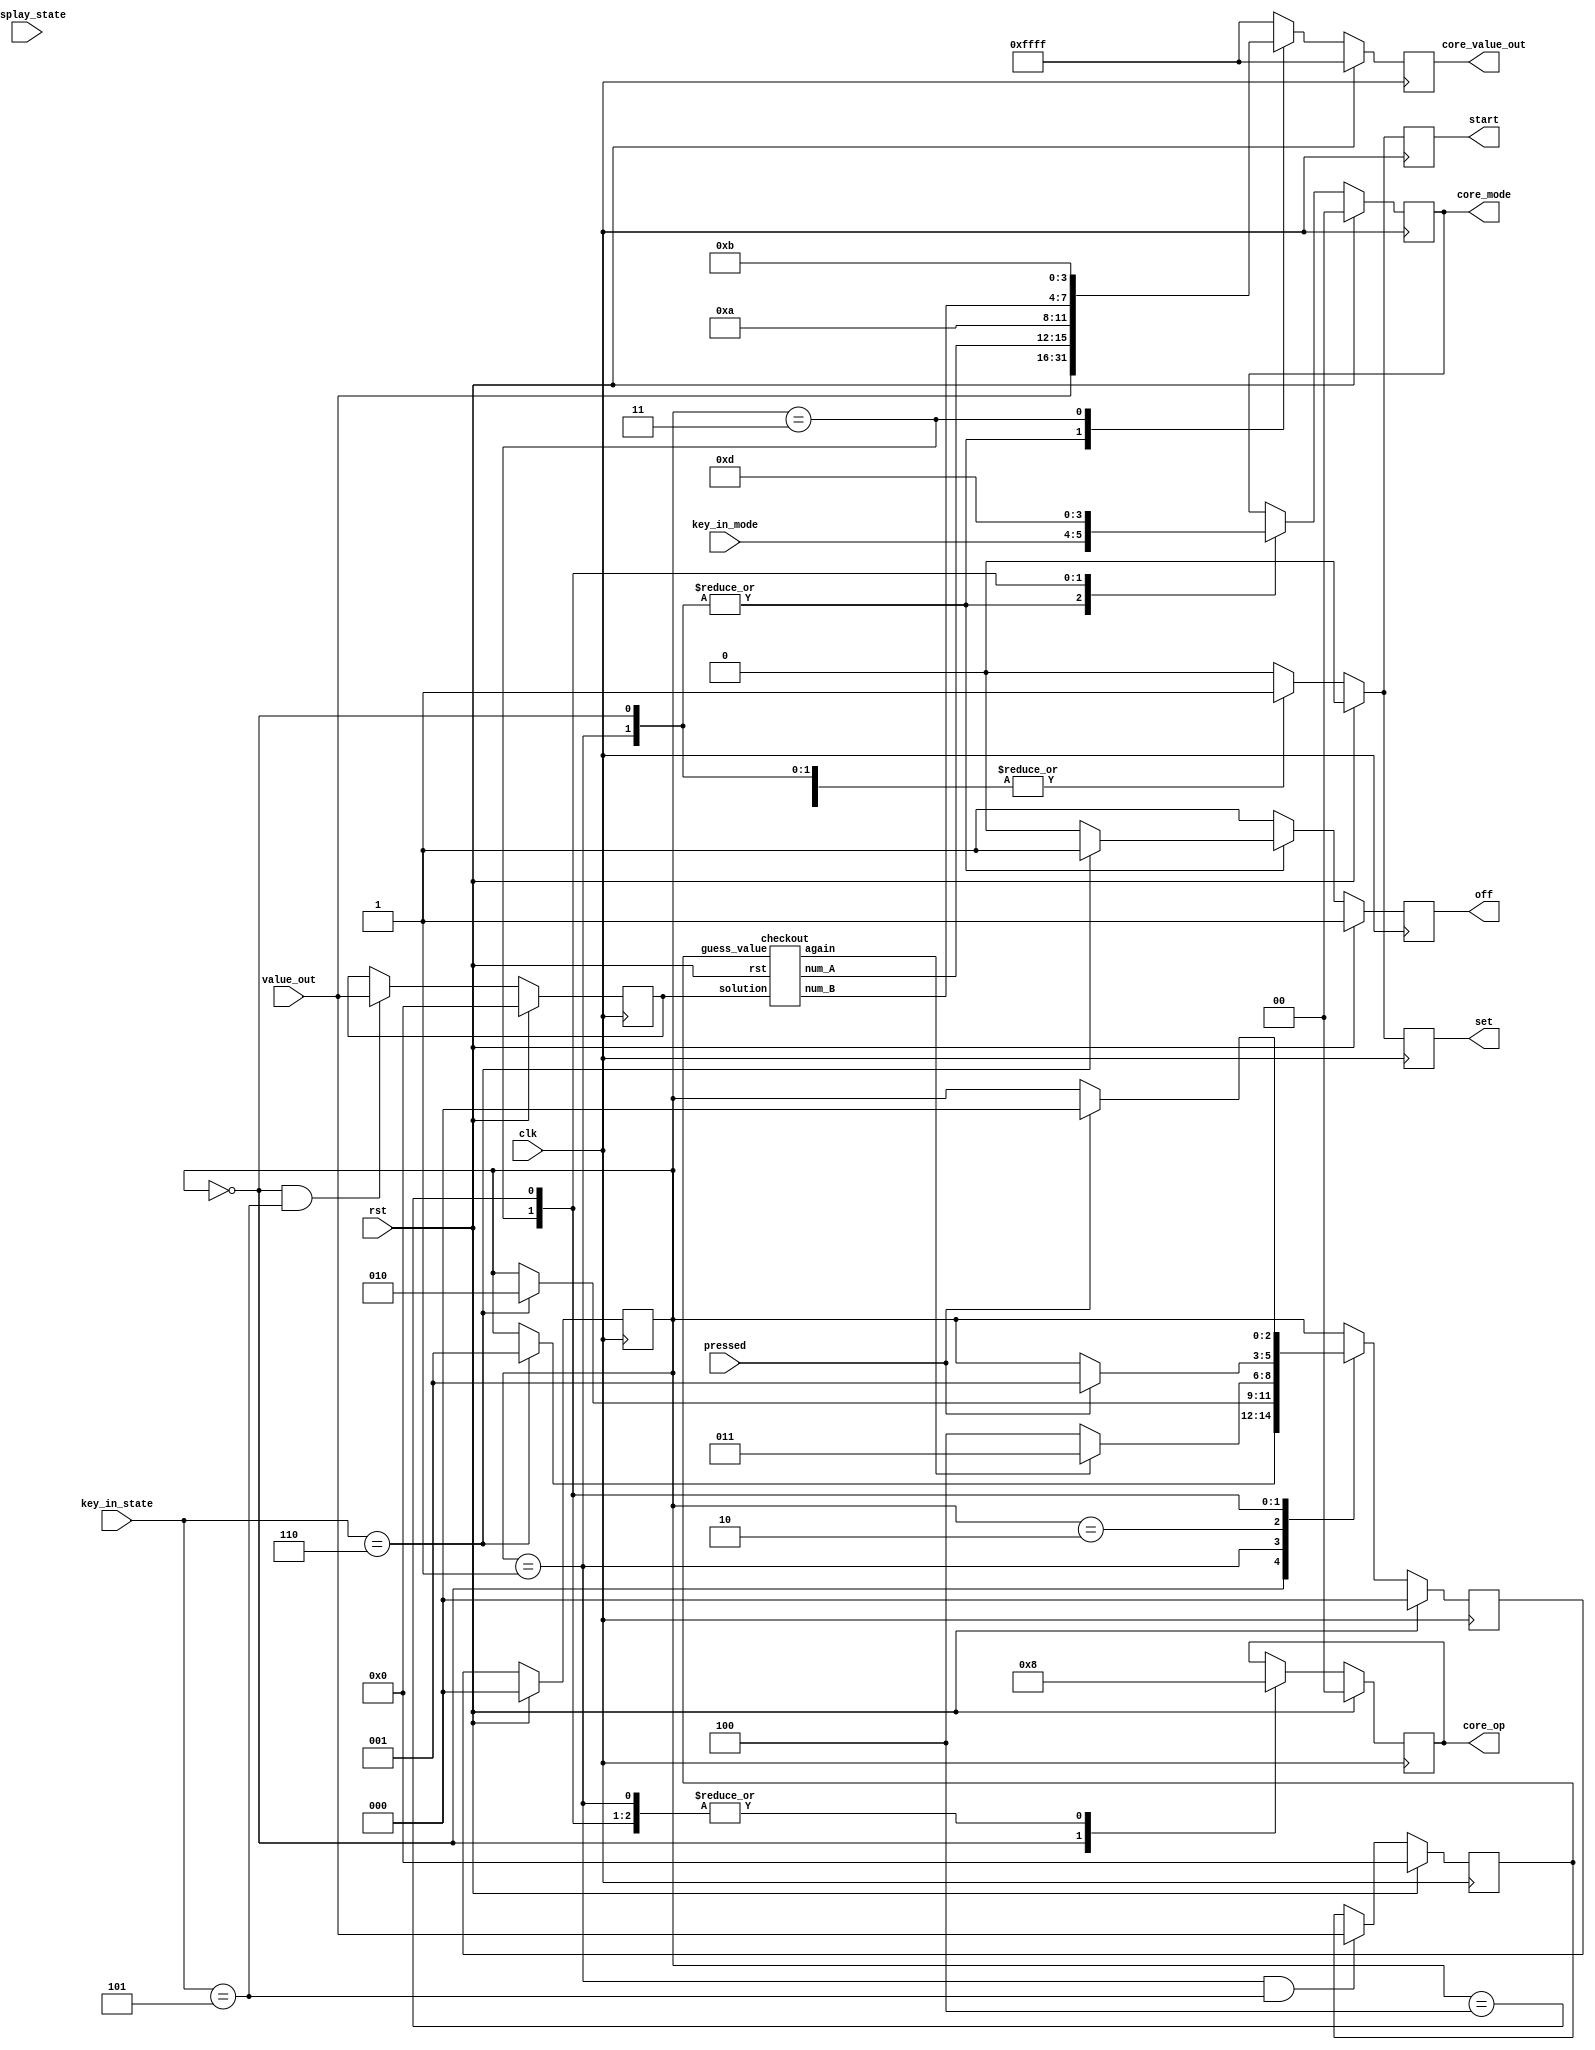
`ifndef _core_fsm_v
`define _core_fsm_vsm


`define state_set_sol 3'd0
`define state_guess   3'd1
`define state_compute 3'd2
`define state_result  3'd3
`define state_congrat 3'd4


module core_fsm(clk,rst,pressed,key_in_state,value_out,key_in_mode,display_state,
				off,core_op,core_mode,set,start,core_value_out);

input clk,rst,pressed;
input [2:0] key_in_state;
input [15:0] value_out;
input [1:0] key_in_mode;
input [5:0] display_state;




output reg off,set,start;
		//done   done done
output reg [1:0] core_op, core_mode;
		//       done		done
output reg [15:0] core_value_out;
		//			done


reg [2:0] c_state, n_state;
		// done		done
wire  again;
		//done


reg  [15:0] solution, guess_value;
//			done		done

wire [3:0] num_A, num_B;
//--------------------------------------- checkout ------------------------------------------------------------
checkout comput(rst,solution,guess_value,again,num_A,num_B);
//-------------------------------------------------------------------------------------------------------------
always@(posedge clk)begin
		if(rst) core_value_out <= 16'hffff;
		else begin
				case(c_state)
				`state_set_sol:	core_value_out <= value_out;
				`state_guess:	core_value_out <= value_out;
				`state_compute: core_value_out <= 16'hffff;
				`state_result:  core_value_out <= {num_A,4'd10,num_B,4'd11};
				`state_congrat: core_value_out <= 16'hffff;
				default:
								core_value_out <= 16'hffff;
				endcase
		end
end

//---------------------------------  solution ------------------------------------------------------------------------
always@(posedge clk)begin
		if(rst) solution <= 16'b0;
		else if(	(c_state == `state_set_sol) &&	(key_in_state == 'd5) )
				solution[15:0] <= value_out[15:0];
		else solution[15:0] <= solution[15:0];
end
//---------------------------------  guess_value ----------------------------------------------------------
always@(posedge clk)begin
		if(rst) guess_value <= 16'b0;
		else if(	(c_state == `state_guess) &&	(key_in_state == 'd5) )
				guess_value[15:0] <= value_out[15:0];
		else guess_value[15:0] <= guess_value[15:0];
end




//--------------------------------- core_op core_mode ----------------------------------------------------------------
always@(posedge clk)begin
		if(rst) begin
				core_op <= 2'd0;  core_mode <= 2'd0;
		end
		else begin
				case(c_state)
						`state_set_sol: begin
										core_op <= 2'd2;
										core_mode <= key_in_mode;
						end				
						`state_guess  : begin
										core_op <= 2'd0;
										core_mode <= key_in_mode;
						end
						`state_result: begin
										core_op <= 2'd0;
										core_mode <= 2'd3;
						end				
						`state_congrat  : begin
										core_op <= 2'd0; 
										core_mode <= 2'd1;
						end

						default:		begin
										core_op <= core_op;
										core_mode <= core_mode;
						end
				endcase
		end
end


//--------------------------------------- set and start for display --------------------------------------------------
always@(posedge clk)begin
		if(rst) begin
						set <= 'b0;
						start <= 'b0;
		end
		else begin
				case(c_state)
						`state_set_sol: begin
										set <= 'b1; start<= 'b1;
						end				
						`state_guess: begin
										set <= 'b1; start <='b1;
						end
						`state_result: begin
										set <= 'b1; start<= 'b1;
						end				
						`state_congrat  : begin
										set <= 'b1; start <= 'b1;
						end

						default:		begin
										set <= 'b0; start <= 'b0;
						end
				endcase
		end
end



//----------------------------------------------------------------------------------------------



//---------------------------------------------- off ----------------------------------------
always@(posedge clk)begin
		if(rst) off <= 'b1;
		else begin
				case(c_state)
						`state_set_sol:	if(key_in_state == 3'd6) 
												off<= 1'b1;
										else 
												off<= 1'b0;
						`state_guess  : if(key_in_state == 3'd6) 
												off<= 1'b1;
										else 
												off <= 1'b0;
						default:		
												off<= 1'b1;
				endcase
		end
end
//----------------------------------------------- state logic --------------------------------------------------------------
always@(posedge clk)begin
		if(rst) c_state <= `state_set_sol;
		else c_state <= n_state;
end


always@(posedge clk)begin
		if(rst) n_state <= `state_set_sol;
		else begin
				case(c_state)
						`state_set_sol:	if(key_in_state == 3'd6)n_state <= `state_guess;
										else n_state <= c_state;
						`state_guess:	if(key_in_state == 3'd6)n_state <= `state_compute;
										else n_state <= c_state;
						`state_compute:	if(again) n_state <= `state_result;
										else if( ~again) n_state <= `state_congrat;
										else n_state <= c_state;
						`state_result:  if(pressed) n_state <= `state_guess;
										else n_state <= c_state;
						`state_congrat:	if(pressed) n_state <= `state_set_sol;
										else n_state <= c_state;

						default:		n_state <= c_state;

				endcase

		end
end
//---------------------------------------------------------------------------------------------------------------------------------



endmodule






module checkout(rst,solution,guess_value,again,num_A,num_B);
input rst;
input [15:0] solution,guess_value;
output again;
output reg [3:0] num_A , num_B;


reg [3:0] allmatch [3:0];

reg [3:0] B_match [11:0];
// ------------------ num_A -----------------------------
always@(*)begin
		if(solution[15:12] == guess_value[15:12]) allmatch[3] <= 3'd1;
		else allmatch[3] <= 3'd0;
		
		if(solution[11:8] == guess_value[11:8]) allmatch[2] <= 3'd1;
		else allmatch[2] <= 3'd0;

		if(solution[7:4] == guess_value[7:4]) allmatch[1] <= 3'd1;
		else allmatch[1] <= 3'd0;
		
		if(solution[3:0] == guess_value[3:0]) allmatch[0] <= 3'd1;
		else allmatch[0] <= 3'd0;
end

always@(*)begin
		num_A = allmatch[3] + allmatch[2] + allmatch[1] + allmatch[0];
end

always@(*)begin
		if(solution[11:8] == guess_value[15:12])  B_match[2] <= 3'd1;   else B_match[2] <= 3'd0;
		if(solution[7:4]  == guess_value[15:12])  B_match[1] <= 3'd1;   else B_match[1] <= 3'd0;
		if(solution[3:0 ] == guess_value[15:12])  B_match[0] <= 3'd1;   else B_match[0] <= 3'd0;
		
		if(solution[15:12] == guess_value[11:8])  B_match[5] <= 3'd1;   else B_match[5] <= 3'd0;
		if(solution[7:4]   == guess_value[11:8])  B_match[4] <= 3'd1;   else B_match[4] <= 3'd0;
		if(solution[3:0 ]  == guess_value[11:8])  B_match[3] <= 3'd1;   else B_match[3] <= 3'd0;

		if(solution[15:12] == guess_value[7:4])  B_match[8] <= 3'd1;   else B_match[8] <= 3'd0;
		if(solution[11:8]  == guess_value[7:4])  B_match[7] <= 3'd1;   else B_match[7] <= 3'd0;
		if(solution[3:0 ]  == guess_value[7:4])  B_match[6] <= 3'd1;   else B_match[6] <= 3'd0;
		
		if(solution[15:12] ==guess_value[3:0])  B_match[11] <= 3'd1;   else B_match[11] <= 3'd0;
		if(solution[11:8]  ==guess_value[3:0])  B_match[10] <= 3'd1;   else B_match[10] <= 3'd0;
		if(solution[7:4]   ==guess_value[3:0])  B_match[9] <= 3'd1;    else B_match[9] <= 3'd0;

end


always@(*)begin
		num_B = B_match[0] +  
				B_match[1] + 
		        B_match[2] + 
				B_match[3] + 
				B_match[4] + 
				B_match[5] + 
				B_match[6] + 
				B_match[7] + 
				B_match[8] + 
				B_match[9] + 
				B_match[10]+ 
				B_match[11]; 
end

assign  again = (num_A == 'd4) ?  'b0 : 'b1;
endmodule



`endif